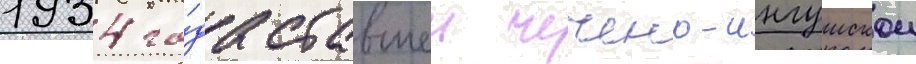
1934 го́да ставшеи чечено-ингушскои